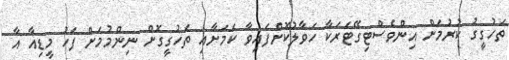
ތަހުގީގު ކުރުމަށް އިންވެސްޓިގޭޓަރަކާ ހަވާލުކޮށްފައިވާ ކަމަށާއި ތަހުގީގޮށް ނިންމުމަށް ފަހު މީޑިއާ އާ